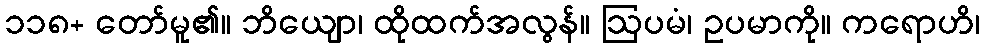
၁၁၈+ တော်မူ၏။ ဘိယျော၊ ထိုထက်အလွန်။ ဩပမံ၊ ဥပမာကို။ ကရောဟိ၊